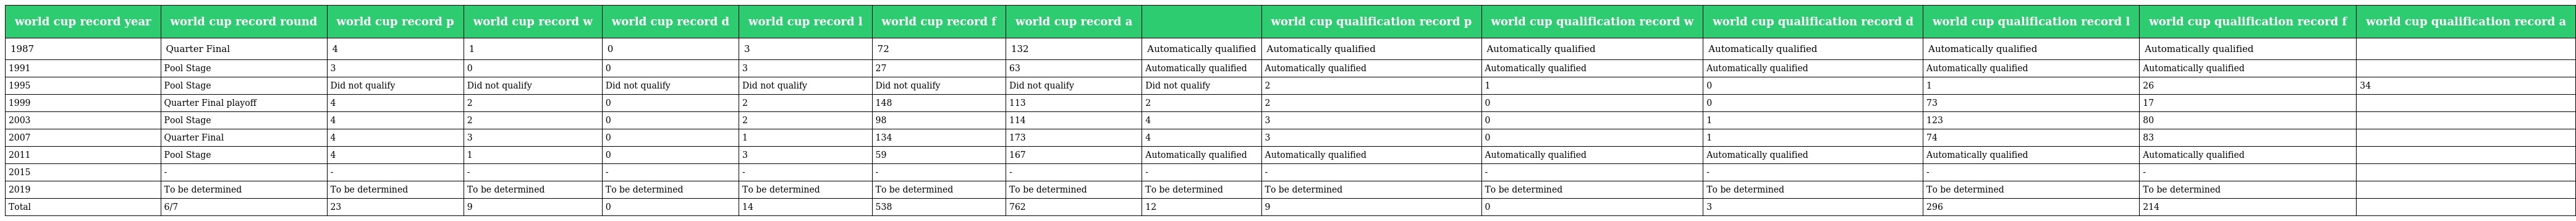
| world cup record year | world cup record round | world cup record p | world cup record w | world cup record d | world cup record l | world cup record f | world cup record a |  | world cup qualification record p | world cup qualification record w | world cup qualification record d | world cup qualification record l | world cup qualification record f | world cup qualification record a |
 | --- | --- | --- | --- | --- | --- | --- | --- | --- | --- | --- | --- | --- | --- | --- |
 | 1987 | Quarter Final | 4 | 1 | 0 | 3 | 72 | 132 | Automatically qualified | Automatically qualified | Automatically qualified | Automatically qualified | Automatically qualified | Automatically qualified |  |
 | 1991 | Pool Stage | 3 | 0 | 0 | 3 | 27 | 63 | Automatically qualified | Automatically qualified | Automatically qualified | Automatically qualified | Automatically qualified | Automatically qualified |  |
 | 1995 | Pool Stage | Did not qualify | Did not qualify | Did not qualify | Did not qualify | Did not qualify | Did not qualify | Did not qualify | 2 | 1 | 0 | 1 | 26 | 34 |
 | 1999 | Quarter Final playoff | 4 | 2 | 0 | 2 | 148 | 113 | 2 | 2 | 0 | 0 | 73 | 17 |  |
 | 2003 | Pool Stage | 4 | 2 | 0 | 2 | 98 | 114 | 4 | 3 | 0 | 1 | 123 | 80 |  |
 | 2007 | Quarter Final | 4 | 3 | 0 | 1 | 134 | 173 | 4 | 3 | 0 | 1 | 74 | 83 |  |
 | 2011 | Pool Stage | 4 | 1 | 0 | 3 | 59 | 167 | Automatically qualified | Automatically qualified | Automatically qualified | Automatically qualified | Automatically qualified | Automatically qualified |  |
 | 2015 | - | - | - | - | - | - | - | - | - | - | - | - | - |  |
 | 2019 | To be determined | To be determined | To be determined | To be determined | To be determined | To be determined | To be determined | To be determined | To be determined | To be determined | To be determined | To be determined | To be determined |  |
 | Total | 6/7 | 23 | 9 | 0 | 14 | 538 | 762 | 12 | 9 | 0 | 3 | 296 | 214 |  |